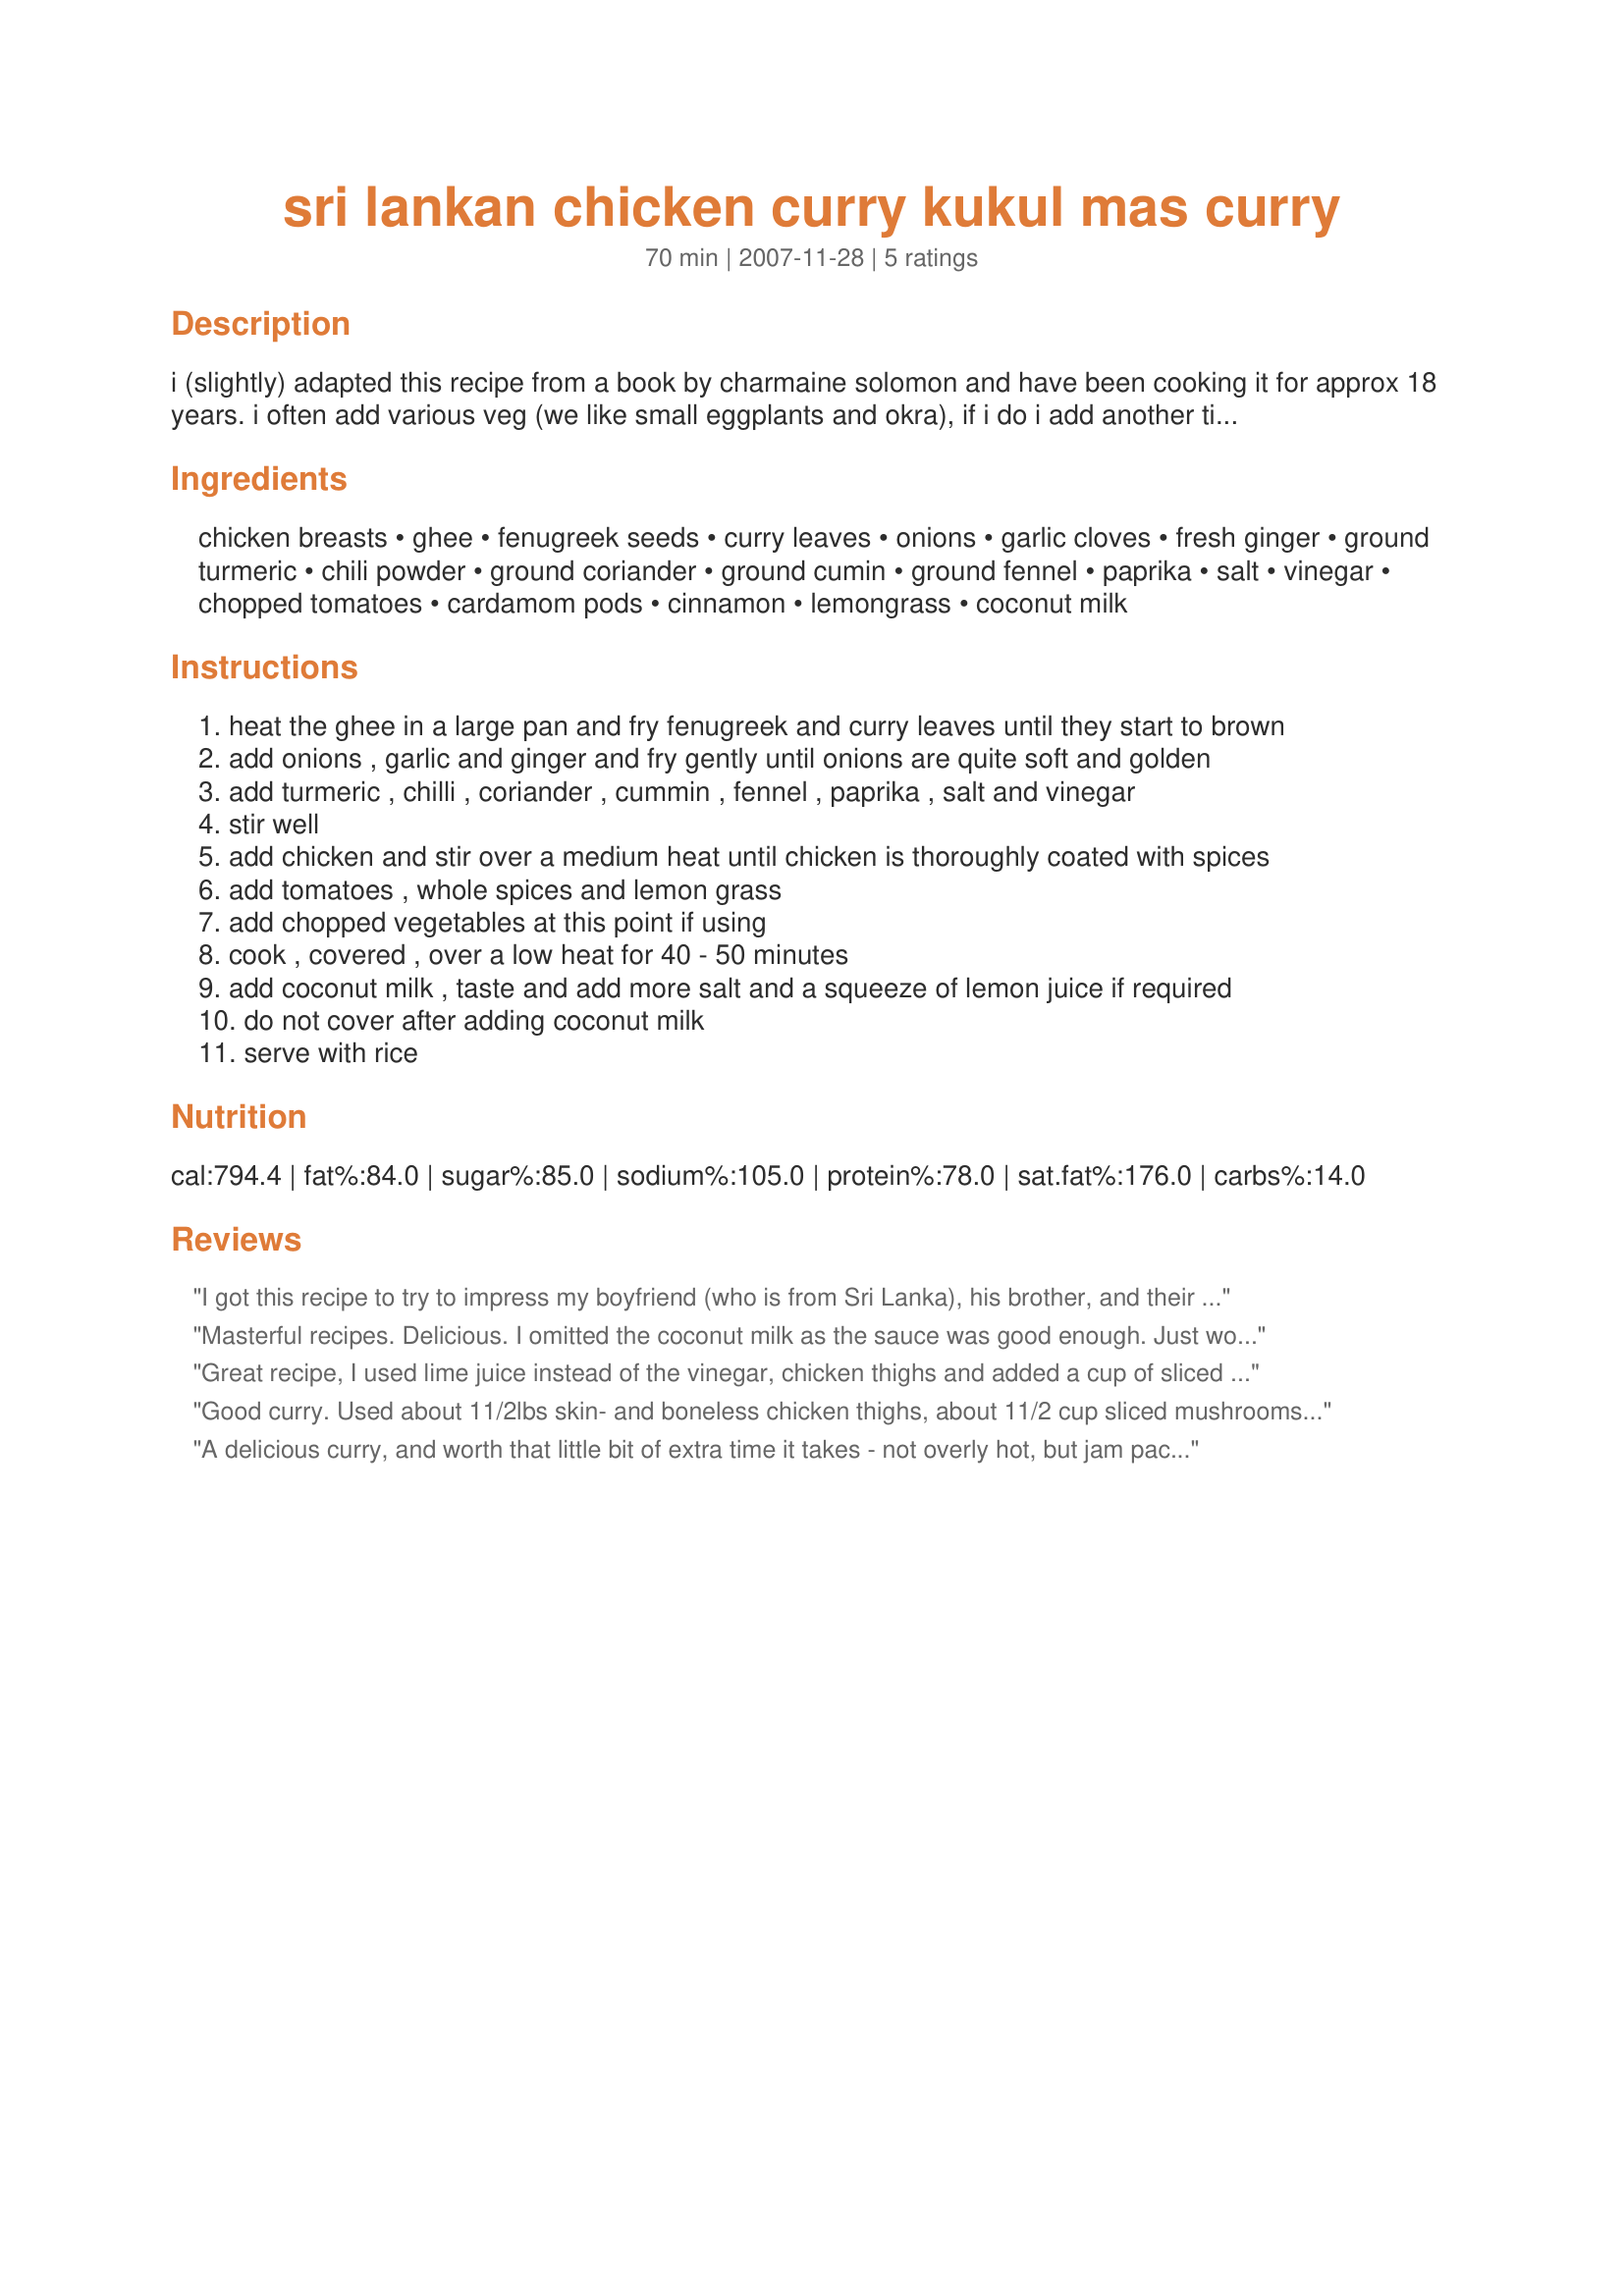
sri lankan chicken curry kukul mas curry
Preparation time: 70 minutes

i (slightly) adapted this recipe from a book by charmaine solomon and have been cooking it for approx 18 years. i often add various veg (we like small eggplants and okra), if i do i add another tin of chopped tomatoes to make more sauce. goes very well withsri lankan yellow rice (kaha bath) recipe number 268510. originally the recipe serves 2-4 however if you add the optional veg and tomatoes then it stretches to about 6 depending on how much extra you add :)

Ingredients:
chicken breasts, ghee, fenugreek seeds, curry leaves, onions, garlic cloves, fresh ginger, ground turmeric, chili powder, ground coriander, ground cumin, ground fennel, paprika, salt, vinegar, chopped tomatoes, cardamom pods, cinnamon, lemongrass, coconut milk

Steps:
heat the ghee in a large pan and fry fenugreek and curry leaves until they start to brown
add onions , garlic and ginger and fry gently until onions are quite soft and golden
add turmeric , chilli , coriander , cummin , fennel , paprika , salt and vinegar
stir well
add chicken and stir over a medium heat until chicken is thoroughly coated with spices
add tomatoes , whole spices and lemon grass
add chopped vegetables at this point if using
cook , covered , over a low heat for 40 - 50 minutes
add coconut milk , taste and add more salt and a squeeze of lemon juice if required
do not cover after adding coconut milk
serve with rice

Reviews:
I got this recipe to try to impress my boyfriend (who is from Sri Lanka), his brother, and their friend (who is from India). My boyfriend and his brother agreed that this is not Sri Lanka curry style at all. Their friend thinks is more Indian style, but not authentic Indian curry either. We all agree is good, but just can't figure out where in the world this curry style is from.
Masterful recipes. Delicious. I omitted the coconut milk as the sauce was good enough. Just wonderful and authentic.
Great recipe, I used lime juice instead of the vinegar, chicken thighs and added a cup of sliced shitake mushrooms. It was enjoyed by all!
Good curry. Used about 11/2lbs skin- and boneless chicken thighs, about 11/2 cup sliced mushrooms and two cans of chopped tomatoes. Also used balsamic vinegar. At the beginning I thought the amount of cumin would be too much, but the spices are very well balanced. I got a lot of sauce which is great. You say it serves 2-6 but (at least the way I made it), I got five servings. It freezes well and I am very pleased I chose to make this curry. Thanks for posting. Made for PAC, Spring 2009.
A delicious curry, and worth that little bit of extra time it takes - not overly hot, but jam packed with wonderful flavours - thanks so much for posting
